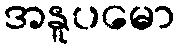
အနူပမော